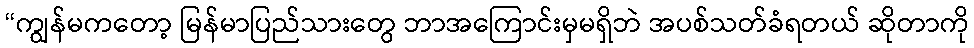
“ကျွန်မကတော့ မြန်မာပြည်သားတွေ ဘာအကြောင်းမှမရှိဘဲ အပစ်သတ်ခံရတယ် ဆိုတာကို